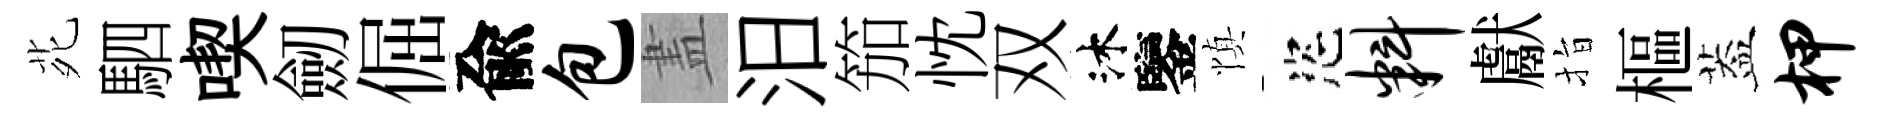
𫟍駟喫劒倔兪包𥁞汨笳忱双沐鑒慎恣料獻指樞葢柙